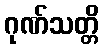
ဂုဏ်သတ္တိ